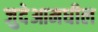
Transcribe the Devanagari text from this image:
जुदेआमधील